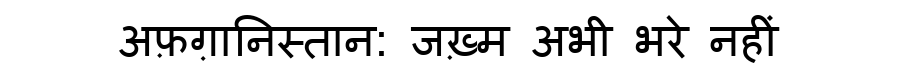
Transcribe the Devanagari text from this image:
अफ़ग़ानिस्तान: जख़्म अभी भरे नहीं